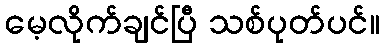
မေ့လိုက်ချင်ပြီ သစ်ပုတ်ပင်။